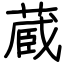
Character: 蔵